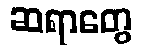
ဆရာတွေ